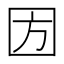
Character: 𡇅